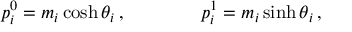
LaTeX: p _ { i } ^ { 0 } = m _ { i } \cosh \theta _ { i } \, , \qquad \qquad p _ { i } ^ { 1 } = m _ { i } \sinh \theta _ { i } \, ,